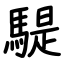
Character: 騠